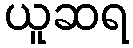
ယူဆရ